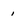
Character: 1